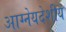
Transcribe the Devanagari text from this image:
आग्नेयदेशीय